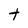
Character: t